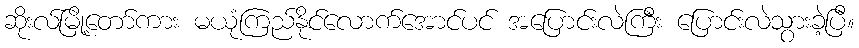
ဆိုးလ်မြို့တော်ကား မယုံကြည်နိုင်လောက်အောင်ပင် အပြောင်းလဲကြီး ပြောင်းလဲသွားခဲ့ပြီ။